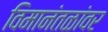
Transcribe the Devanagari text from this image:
विमानंतळांवर